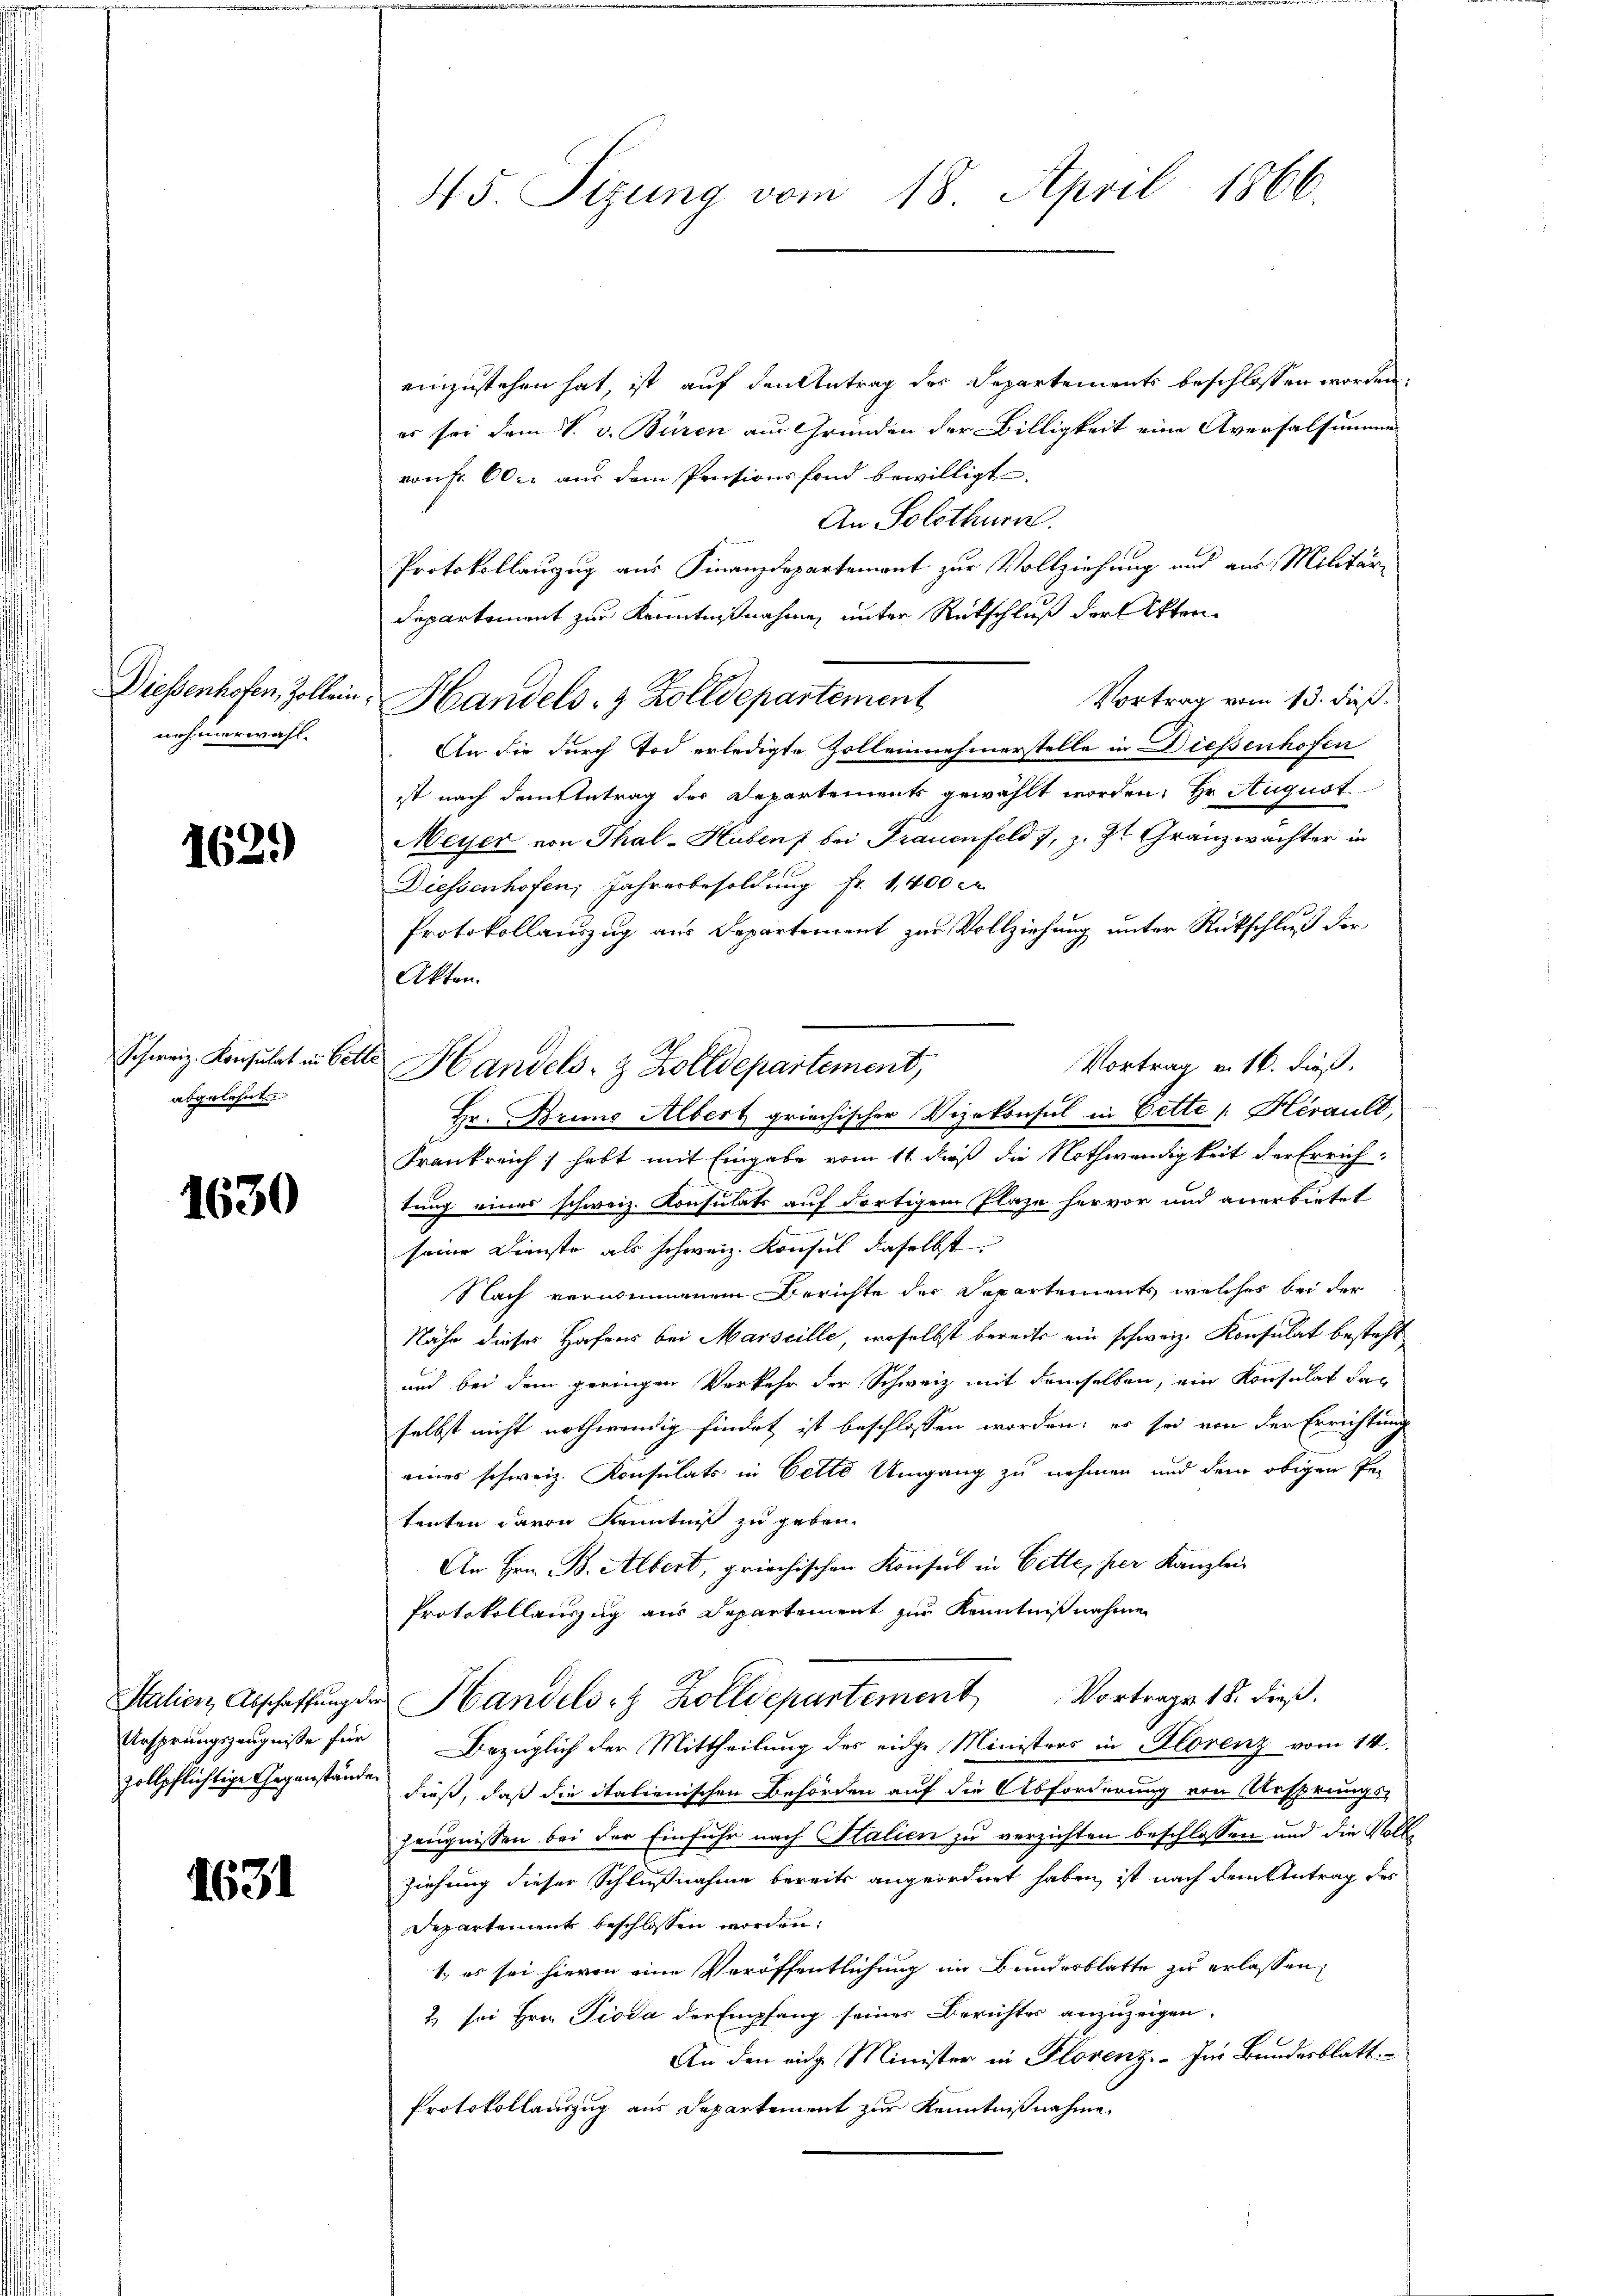
Diessenhofen, Zoll ein
wohnerwahl.

162.)

Schweiz. Konsulat in Bet
abgelehnt

1630

Italienz, Abschaffung
Ursprungszeugnisse für
zollpflichtige Gegenstän

1631

45. Sizung vom 18. April 1866.

einzustehen hat, ist auf den Antrag des Departements beschlossen worden.
es sei dem V. v. Büren aus Gründen der Billigkeit eine Aversalsummen
von Fr. 600. aŭs dem Pensionsfond bewilligt.
An Solothurn.
Protokollauzug aus Finanzdepartement zur Vollziehung und aus Militär-
Departement zur Kenntnißnahme, unter Rutschluß der Akten¬
Vortrag vom 13. dieß.
An die durch Tod erledigte Zolleinehmerstelle in Dießenhofen
ist nach dem Antrag der Departements gewählt worden, Hr. August
Meyer von Thal-Huben bei Frauenfeld 7, z. Zt. Granzwachter in
Diessenhofen, Jahresbesoldung Fr. 1,400 c
Protokollauszug aus Departement zur Vollziehung unter Rückschluß der
Akten.
E
Vortrag v. 16. dieß.
Hr. Bruno Albert griechischer Vizekonsul in Cette s. Herault,
Frankreich; hebt mit Eingabe vom 11 dieß die Nothwendigkeit der Errich-
tung eines schweiz. Konsulats auf dortigem Plaze hervor und anerbietet
seine Dienste als schweiz. Konsul daselbst
Nach vernommenem Berichte der Departements welches bei der
Nähe dieses Hafens bei Marseille, woselbst bereits ein schweiz. Konsulat besteht
und bei dem geringen Verkehr der Schweiz mit demselben, ein Konsulat das
selbst nicht nothwendig findet ist beschlossen worden; er sei von der Errichtung
eines schweiz. Konsulats in Cette Umgang zu nehmen und dem obigen Petenten davon Kenntniß zu geben.
An Hrn. B. Albert, griechischen Konsul in Bette, per Kanzlei
Protokollauszug aus Departement zur Kenntnißnahmen
z Handels- & Zolldepartement Vortrage 18. dieß.
Bezüglich der Mittheilung des eidge Ministers in Florenz vom 14.
B
dieß, daß die italienischen Behörden auf die Abforderung von Ursprungs-
Zeugnissen bei der Einfuhr nach Stalien zu verzichten beschlossen und die Voll¬
Ziehung dieser Schlußnahme bereits angeordnet haben, ist nach dem Antrag des
Departement beschlossen worden.
1., es sei hievon eine Veröffentlichung im Bundesblatte zu erlassen,
2) sei Hrn. Pioda der Empfang seines Berichtes anzuzeigen.
An den eidg. Minister in Florenz. - Im Bundesblatt
Protokollauszug aus Departement zur Kenntnißnahme

Handels- & Zolldepartement

Handels- & Zolldepartement,